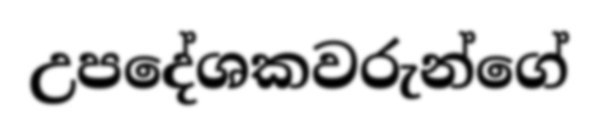
උපදේශකවරුන්ගේ